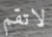
لاتقم